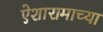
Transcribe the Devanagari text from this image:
ऐशारामाच्या